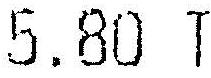
5.80 T